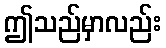
ဤသည်မှာလည်း